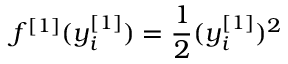
f ^ { [ 1 ] } ( y _ { i } ^ { [ 1 ] } ) = \frac { 1 } { 2 } ( y _ { i } ^ { [ 1 ] } ) ^ { 2 }